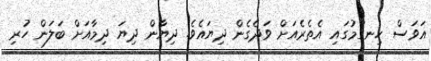
އަވަސް ހިނގުމުގައި އެތެރެއަށް ވަދެގެން ދިޔައެވެ. ދިޔާން ދިޔަ ދިމާއަށް ބަލަން ހުރި